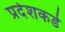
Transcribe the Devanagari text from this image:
प्रदेशकडे